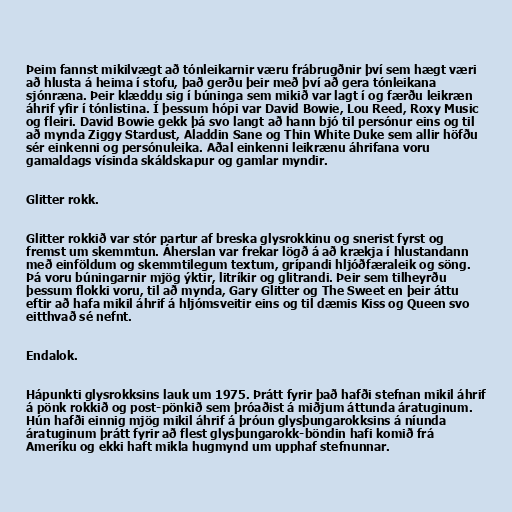
Þeim fannst mikilvægt að tónleikarnir væru frábrugðnir því sem hægt væri
að hlusta á heima í stofu, það gerðu þeir með því að gera tónleikana
sjónræna. Þeir klæddu sig í búninga sem mikið var lagt í og færðu leikræn
áhrif yfir í tónlistina. Í þessum hópi var David Bowie, Lou Reed, Roxy Music
og fleiri. David Bowie gekk þá svo langt að hann bjó til persónur eins og til
að mynda Ziggy Stardust, Aladdin Sane og Thin White Duke sem allir höfðu
sér einkenni og persónuleika. Aðal einkenni leikrænu áhrifana voru
gamaldags vísinda skáldskapur og gamlar myndir.

Glitter rokk.

Glitter rokkið var stór partur af breska glysrokkinu og snerist fyrst og
fremst um skemmtun. Áherslan var frekar lögð á að krækja í hlustandann
með einföldum og skemmtilegum textum, grípandi hljóðfæraleik og söng.
Þá voru búningarnir mjög ýktir, litríkir og glitrandi. Þeir sem tilheyrðu
þessum flokki voru, til að mynda, Gary Glitter og The Sweet en þeir áttu
eftir að hafa mikil áhrif á hljómsveitir eins og til dæmis Kiss og Queen svo
eitthvað sé nefnt.

Endalok.

Hápunkti glysrokksins lauk um 1975. Þrátt fyrir það hafði stefnan mikil áhrif
á pönk rokkið og post-pönkið sem þróaðist á miðjum áttunda áratuginum.
Hún hafði einnig mjög mikil áhrif á þróun glysþungarokksins á níunda
áratuginum þrátt fyrir að flest glysþungarokk-böndin hafi komið frá
Ameríku og ekki haft mikla hugmynd um upphaf stefnunnar.